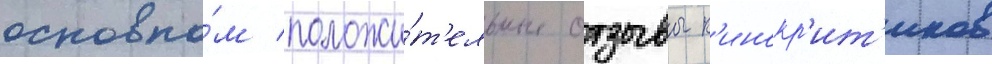
основно́м положи́т'ельные отзывы к'инокр'ит'иков